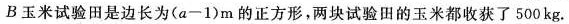
B玉米试验田是边长为(a-1)m的正方形，两块试验田的玉米都收获了500kg。